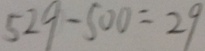
5 2 9 - 5 0 0 = 2 9